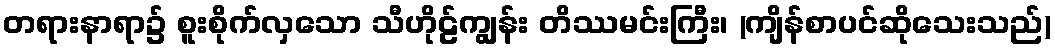
တရားနာရာ၌ စူးစိုက်လှသော သီဟိုဠ်ကျွန်း တိဿမင်းကြီး၊ (ကျိန်စာပင်ဆိုသေးသည်)